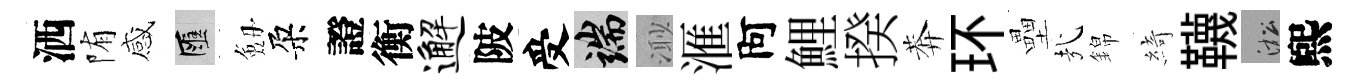
洒陏感匯劔朶證衡邂陂受端𣺌滙阿鯉揆莾环壘㢤錦綺韈淞煕